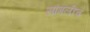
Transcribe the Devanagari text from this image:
सांगलीच